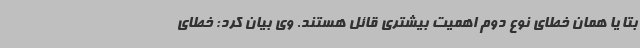
بتا یا همان خطای نوع دوم اهمیت بیشتری قائل هستند. وی بیان کرد: خطای